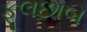
ફૂલછાબ